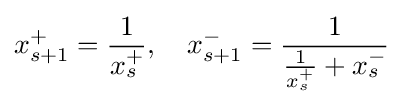
x_{s+1}^{+}={\frac {1}{x_{s}^{+}}},\quad x_{s+1}^{-}={\frac {1}{{\frac {1}{x_{s}^{+}}}+x_{s}^{-}}}